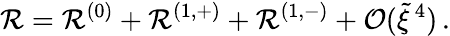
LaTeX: \mathcal{R}=\mathcal{R}^{(0)}+\mathcal{R}^{(1,+)}+\mathcal{R}^{(1,-)}+\mathcal{{O}}(\tilde{{\xi}}^{\, 4})\, .